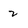
Character: 2